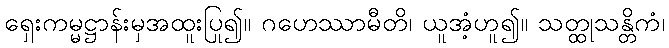
ရှေးကမ္မဋ္ဌာန်းမှအထူးပြု၍။ ဂဟေဿာမီတိ၊ ယူအံ့ဟူ၍။ သတ္ထုသန္တိကံ၊